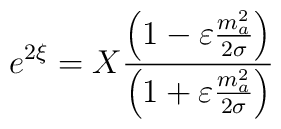
e^{2\xi }=X\frac{\left( 1-\varepsilon \frac{m_a^2}{2\sigma }\right) }{\left(1+\varepsilon \frac{m_a^2}{2\sigma }\right) }